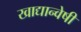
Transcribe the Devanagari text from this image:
खाद्यान्वेषी